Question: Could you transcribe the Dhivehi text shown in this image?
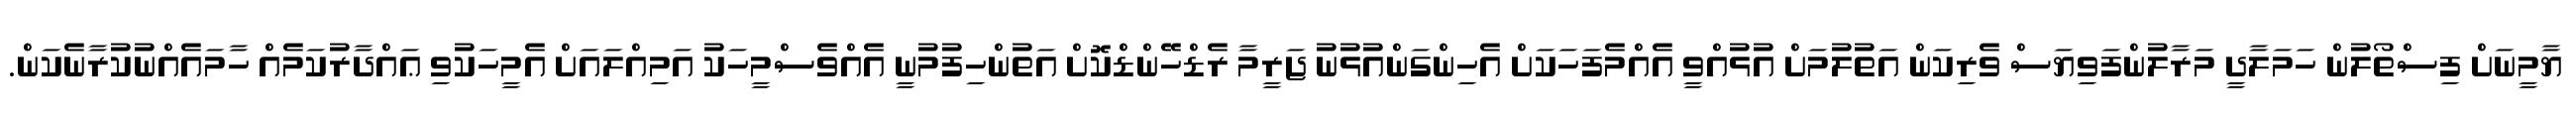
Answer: ޔާމީނަށް ފިސްތޯލުން ހަމަލާދީ މަރާލުންފަވިޔަސް ވެރިކަން އަތުލުމަށް އުޅުއްވީ އެއްމެފަހަކަށް އެހިންގަންއުޅުނު ޖަރީމާ ރެޑްހޭންޑްކޮށް އަތުންހިފުމުނީ އެއްވެސްމީހަކު އަމިއްލައަށް އެމީހަކުވި ޢައްދާރުކަމެއް ހާމައެއްނުކުރާނެކަން.